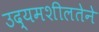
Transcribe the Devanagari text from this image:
उद्यमशीलतेने